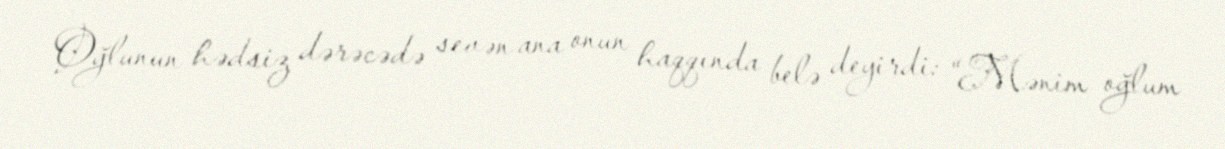
Oğlunun hədsiz dərəcədə sevən ana onun haqqında belə deyirdi: “Mənim oğlum